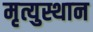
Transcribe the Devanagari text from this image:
मृत्युस्थान